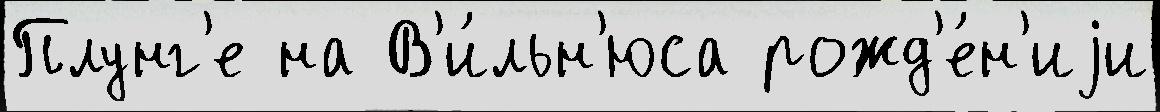
Плунг'е на В'и́льн'юса рожд'е́н'иjи